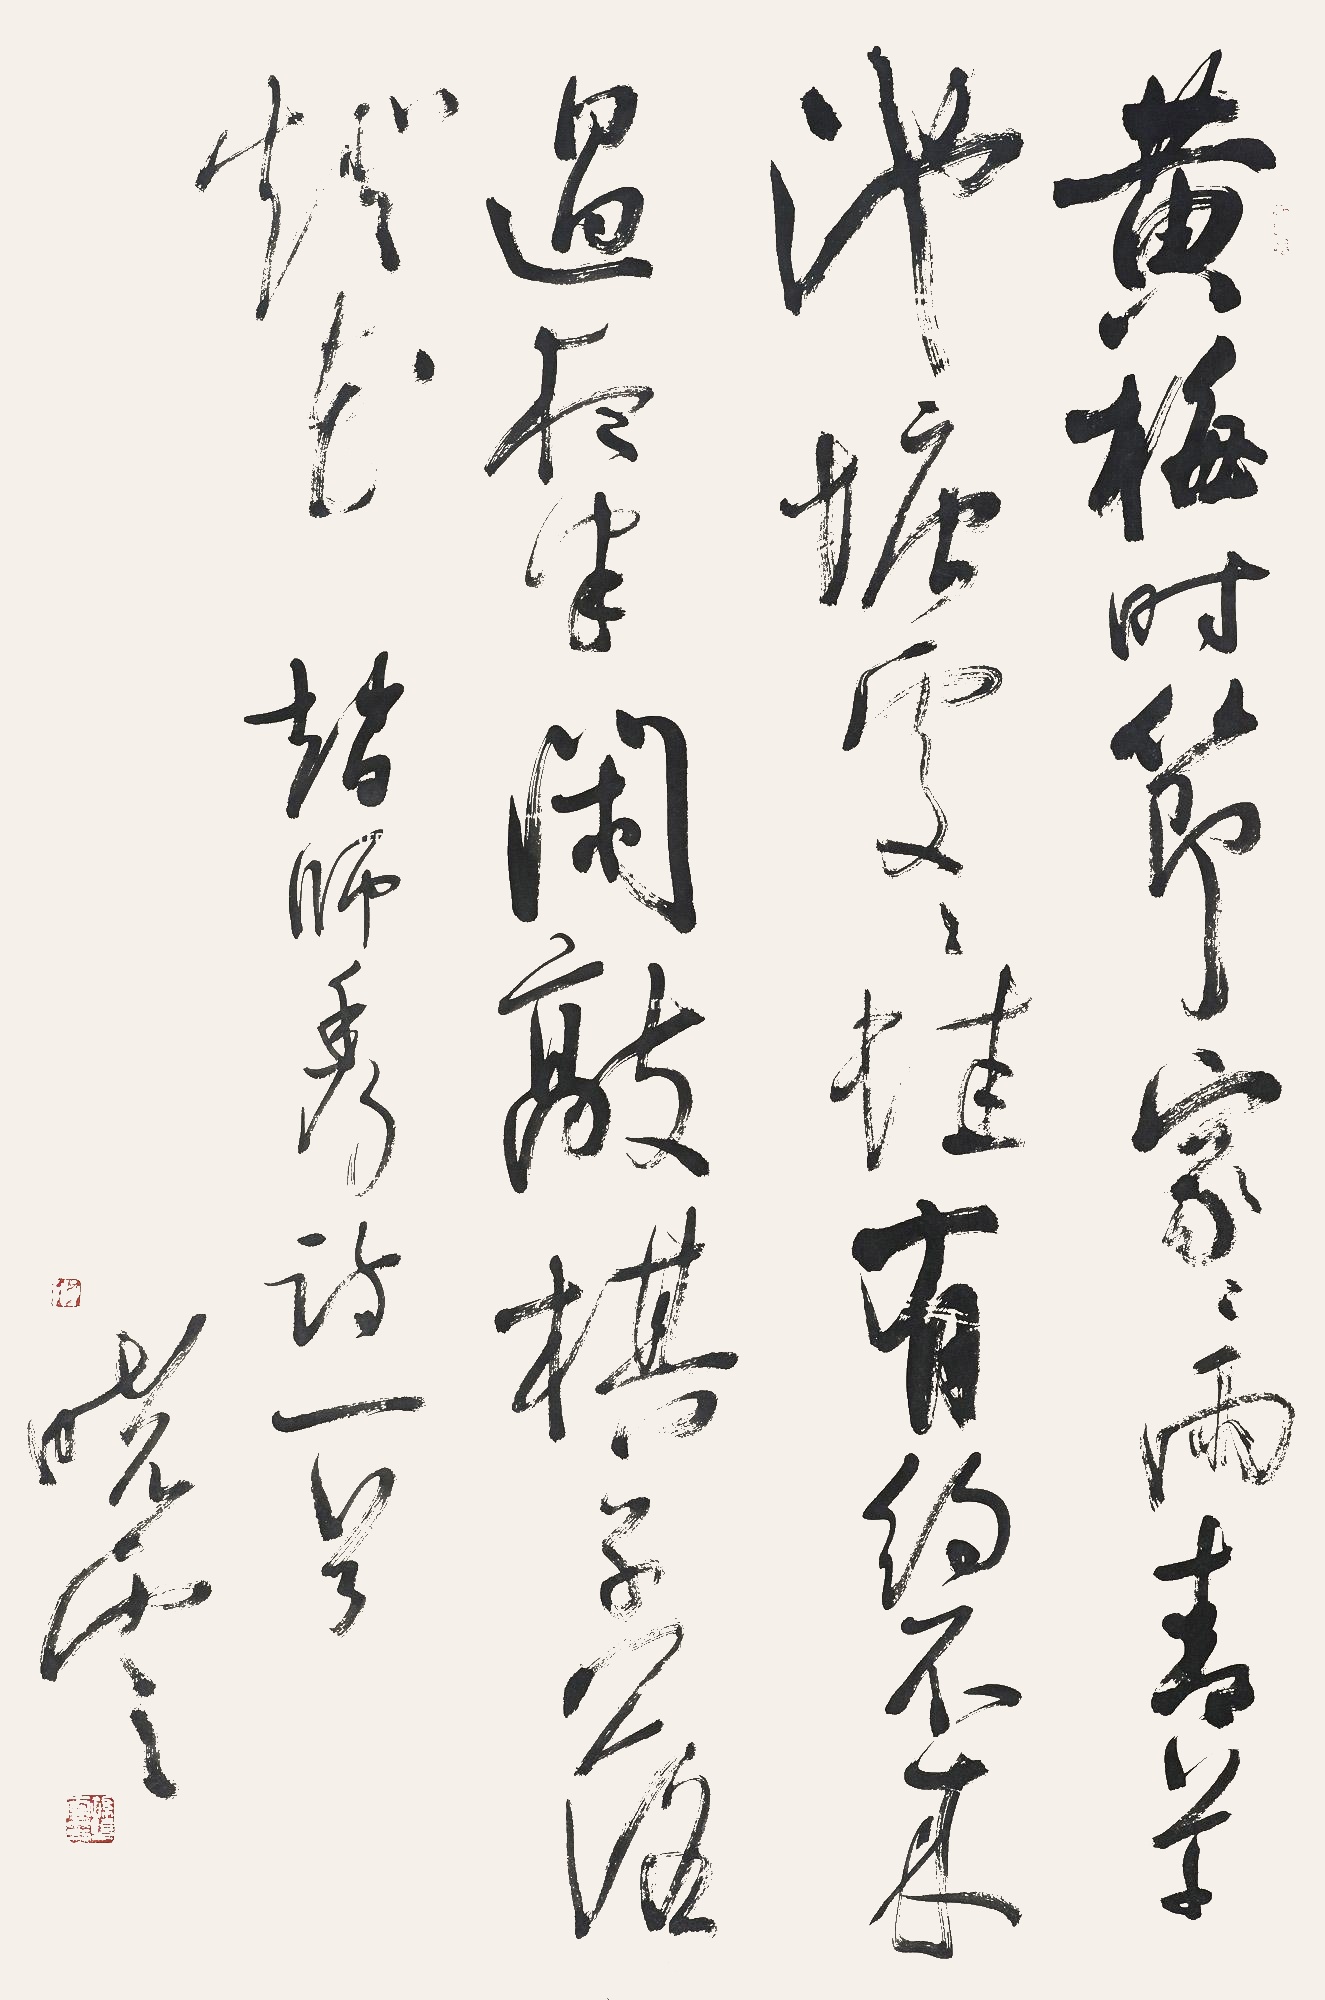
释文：黄梅时节家家雨，青草池塘处处蛙。有约不来过夜半，闲敲棋子落灯花。孙晓云。